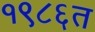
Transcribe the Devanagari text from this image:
१९८६त